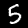
Digit: 5